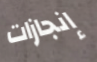
إنجازات